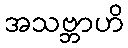
အသဗ္ဘာဟိ